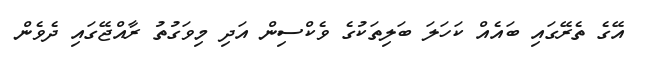
އޭގެ ތެރޭގައި ބައެއް ކަހަލަ ބަލިތަކުގެ ވެކްސިން އަދި މިވަގުތު ރާއްޖޭގައި ދެވެން